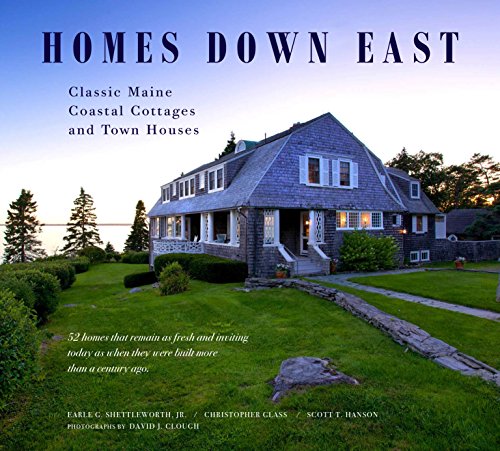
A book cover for Homes Down East; Classic Maine Coastal Cottages and Town Houses; Earle Shettleworth; Arts & Photography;